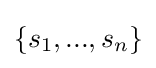
\{s_{1},...,s_{n}\}